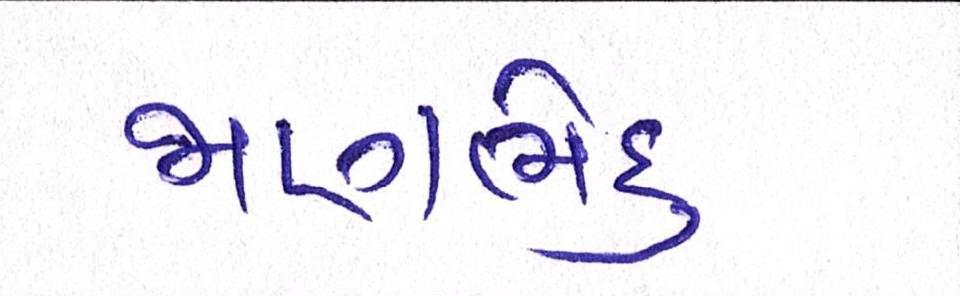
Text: જાણભેદુ